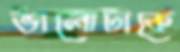
ভালোটাকে